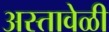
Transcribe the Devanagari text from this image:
अस्तावेळी